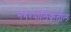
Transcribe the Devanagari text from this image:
नगरपालिकेतील